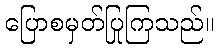
ပြောစမှတ်ပြုကြသည်။